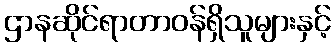
ဌာနဆိုင်ရာတာဝန်ရှိသူများနှင့်